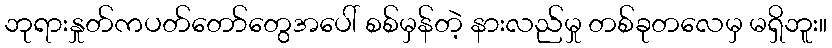
ဘုရားနှုတ်ကပတ်တော်တွေအပေါ် စစ်မှန်တဲ့ နားလည်မှု တစ်ခုတလေမှ မရှိဘူး။